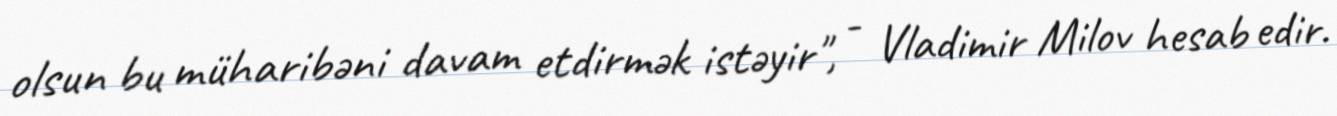
olsun bu müharibəni davam etdirmək istəyir", - Vladimir Milov hesab edir.